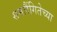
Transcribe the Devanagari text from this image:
समलैंगितेच्या